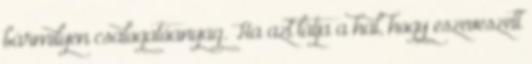
bármilyen csalogatóanyag. Ha azt látja a hal, hogy eszeveszett